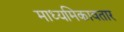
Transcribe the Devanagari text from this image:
माध्यमिकावतार